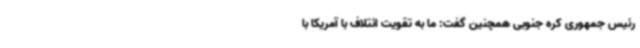
رئیس جمهوری کره جنوبی همچنین گفت: ما به تقویت ائتلاف با آمریکا با